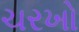
ચરખો